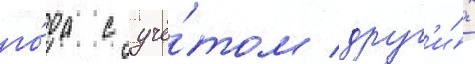
го́да с учё́том друг'и́х